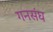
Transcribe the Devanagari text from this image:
गनसंघ